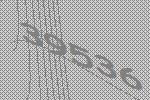
39536